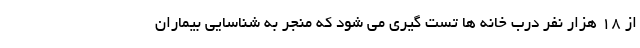
از ۱۸ هزار نفر درب خانه ها تست گیری می شود که منجر به شناسایی بیماران